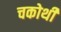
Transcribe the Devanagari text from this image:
चकोथी